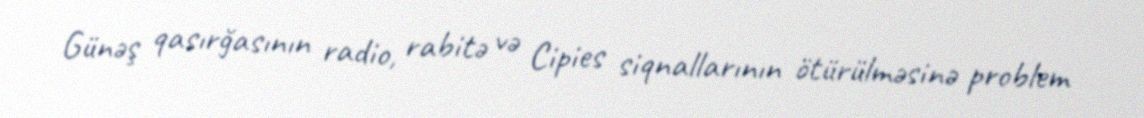
Günəş qasırğasının radio, rabitə və Cipies siqnallarının ötürülməsinə problem